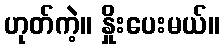
ဟုတ်ကဲ့။ နှိုးပေးမယ်။